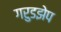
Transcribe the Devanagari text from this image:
गरुडझेप